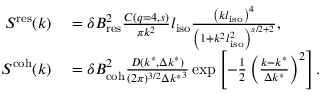
\begin{array} { r l } { S ^ { \mathrm { r e s } } ( k ) } & { { } = \delta B _ { \mathrm { r e s } } ^ { 2 } \frac { C ( q = 4 , s ) } { \pi k ^ { 2 } } l _ { \mathrm { i s o } } \frac { \left( k l _ { \mathrm { i s o } } \right) ^ { 4 } } { \left( 1 + k ^ { 2 } l _ { \mathrm { i s o } } ^ { 2 } \right) ^ { s / 2 + 2 } } , } \\ { S ^ { \mathrm { c o h } } ( k ) } & { { } = \delta B _ { \mathrm { c o h } } ^ { 2 } \frac { D ( k ^ { * } , \Delta k ^ { * } ) } { ( 2 \pi ) ^ { 3 / 2 } { \Delta k ^ { * } } ^ { 3 } } \exp \left[ { - \frac { 1 } { 2 } \left( \frac { k - k ^ { * } } { \Delta k ^ { * } } \right) ^ { 2 } } \right] . } \end{array}